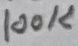
Text: 100K